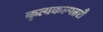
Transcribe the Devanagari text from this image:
कृत्यकल्पतरौ